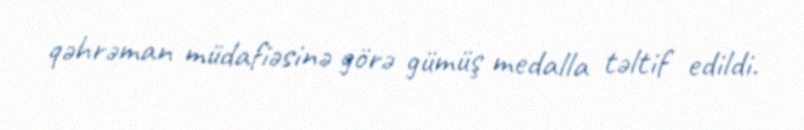
qəhrəman müdafiəsinə görə gümüş medalla təltif edildi.